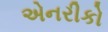
એનરીકો